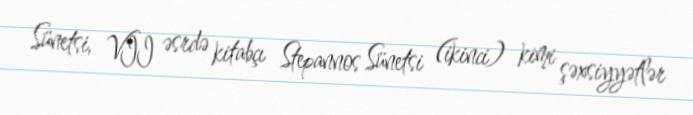
Sünetsi, VII əsrdə kitabçı Stepannos Sünetsi (ikinci) kimi şəxsiyyətlər